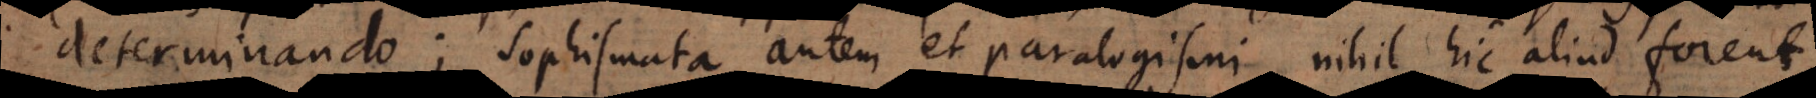
determinando; sophismata autem et paralogismi nihil hic aliud forent,